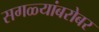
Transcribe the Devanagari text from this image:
सगळ्यांबरोबर